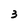
Character: 3